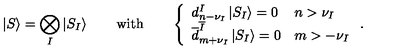
\left| S \right\rangle = \bigotimes _ { I } \left| S _ { I } \right\rangle \qquad \mathrm { w i t h } \qquad \left\{ \begin{array} { l l } { d _ { n - \nu _ { I } } ^ { I } \left| S _ { I } \right\rangle = 0 } & { n > \nu _ { I } } \\ { \overline { { d } } _ { m + \nu _ { I } } ^ { \overline { { I } } } \left| S _ { I } \right\rangle = 0 } & { m > - \nu _ { I } } \\ \end{array} \right. .